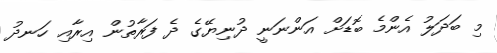
މި ބަދަލު އެންމެ ބޮޑަށް އަންނަނީ ދުނިޔޭގެ ދެ ފަރާތުން އިރާއި ހަނދު